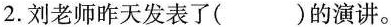
2.刘老师昨天发表了( )的演讲。